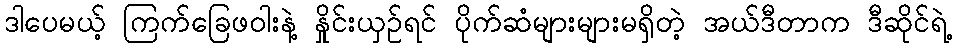
ဒါပေမယ့် ကြက်ခြေဖဝါးနဲ့ နှိုင်းယှဉ်ရင် ပိုက်ဆံများများမရှိတဲ့ အယ်ဒီတာက ဒီဆိုင်ရဲ့